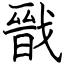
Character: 戩